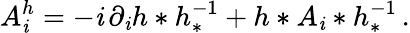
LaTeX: A_{\mathit{i}}^{h}=-\mathit{i}\, \partial_{\mathit{i}}h*h_{*}^{-1}+h*A_{\mathit{i}}*h_{*}^{-1}\, .